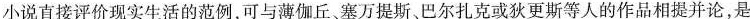
小说直接评价现实生活的范例，可与薄伽丘，塞万提斯、巴尔扎克或狄更斯等人的作品相提并论，是